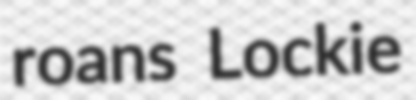
roans Lockie